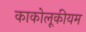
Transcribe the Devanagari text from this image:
काकोलूकीयम